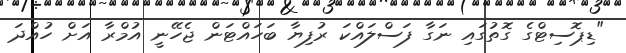
"ޑިޕޮސިޓްގެ ގޮތުގައި ނަގާ ފަސްލައްކަ ރުފިޔާ ބަހައްޓަން ޖެހޭނީ އުމްރާ އަށް ހުއްދަ